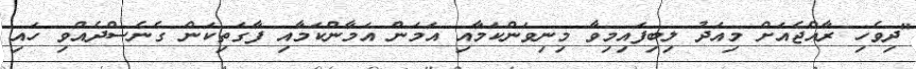
"ދިވެހި ރާއްޖެއަށް މިއަދު ލިބިފައިމިވާ މިނިވަންކަމާއި އަމަން އަމާންކަމާއި ފާގަތިކަން ގެނެސްދެއްވި ހައި